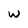
Character: w